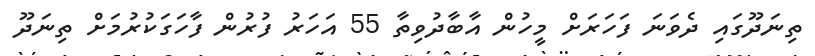
ތިނަދޫގައި ދެވަނަ ފަހަރަށް މީހުން އާބާދުވިތާ 55 އަހަރު ފުރުން ފާހަގަކުރުމަށް ތިނަދޫ